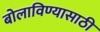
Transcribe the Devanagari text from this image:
बोलाविण्यासाठी